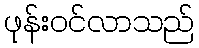
ဖုန်းဝင်လာသည်